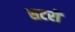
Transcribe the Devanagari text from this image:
सटरों